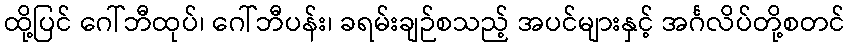
ထို့ပြင် ဂေါ်ဘီထုပ်၊ ဂေါ်ဘီပန်း၊ ခရမ်းချဉ်စသည့် အပင်များနှင့် အင်္ဂလိပ်တို့စတင်